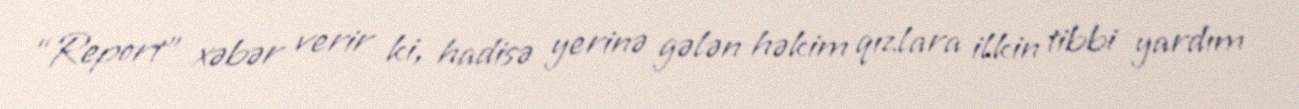
“Report” xəbər verir ki, hadisə yerinə gələn həkim qızlara ilkin tibbi yardım